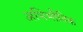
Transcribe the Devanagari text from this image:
अभिभौतिक